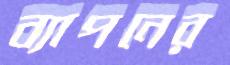
ব্যাপনের